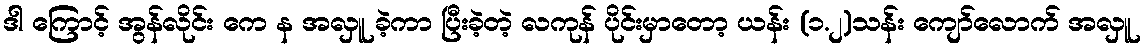
ဒါ ကြောင့် အွန်လိုင်း ကေ န အလှူ ခဲ့ကာ ပြီးခဲ့တဲ့ လကုန် ပိုင်းမှာတော့ ယန်း (၁.၂)သန်း ကျော်လောက် အလှူ